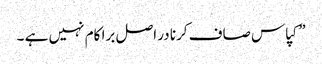
”کپاس صاف کرنا در اصل برا کام نہیں ہے ۔